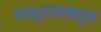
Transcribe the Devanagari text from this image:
परशुरामाकडून